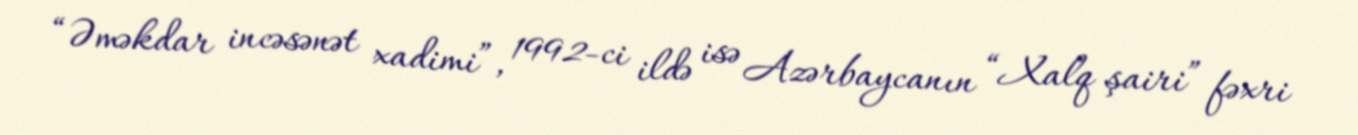
“Əməkdar incəsənət xadimi”, 1992-ci ildə isə Azərbaycanın “Xalq şairi” fəxri